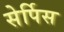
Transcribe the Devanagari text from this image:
सेर्पिस